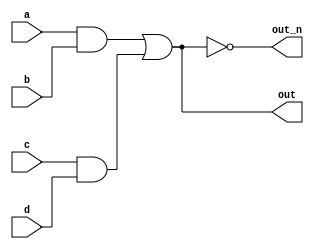
module top_module(
    input a,
    input b,
    input c,
    input d,
    output out,
    output out_n   
); 

    wire and1,and2,out,out_n;

    assign and1 = a & b;
    assign and2 = c & d;
    assign out = and1 | and2;
    assign out_n = ~(and1 | and2);
endmodule